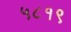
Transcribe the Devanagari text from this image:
५८१९